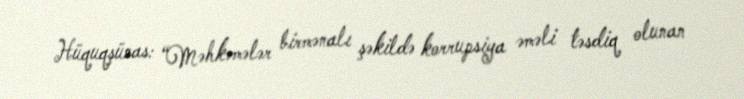
Hüquqşünas: “Məhkəmələr birmənalı şəkildə korrupsiya əməli təsdiq olunan